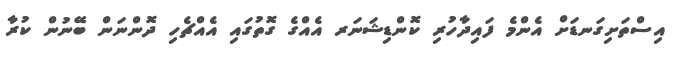
އިސްތަށިގަނޑަށް އެންމެ ފައިދާހުރި ކޮންޑިޝަނަރ އެއްގެ ގޮތުގައި އެއްޗެހި ދޮންނަން ބޭނުން ކުރާ